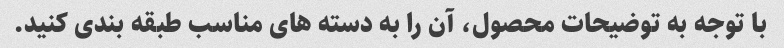
با توجه به توضیحات محصول، آن را به دسته های مناسب طبقه بندی کنید.